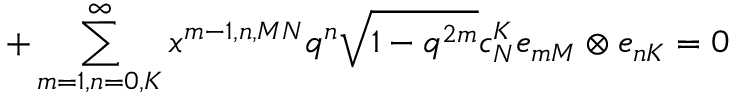
+ \sum _ { m = 1 , n = 0 , K } ^ { \infty } x ^ { m - 1 , n , M N } q ^ { n } \sqrt { 1 - q ^ { 2 m } } c _ { N } ^ { K } e _ { m M } \otimes e _ { n K } = 0